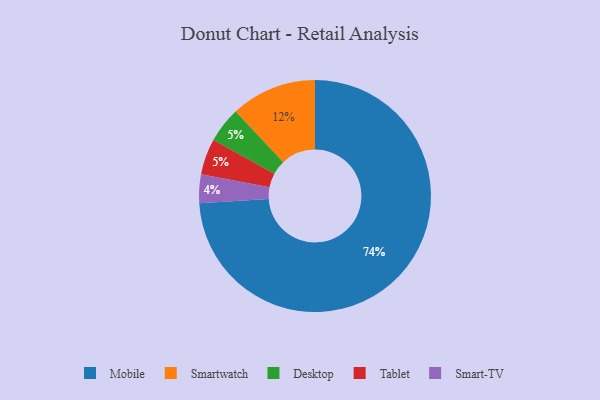
{"axis": {"x": "Category", "y": "Percentage"}, "legend": ["Desktop", "Mobile", "Smart-TV", "Smartwatch", "Tablet"], "data": [{"x": "Smartwatch", "y": 12, "type": "Smartwatch"}, {"x": "Desktop", "y": 5, "type": "Desktop"}, {"x": "Tablet", "y": 5, "type": "Tablet"}, {"x": "Mobile", "y": 74, "type": "Mobile"}, {"x": "Smart-TV", "y": 4, "type": "Smart-TV"}]}